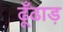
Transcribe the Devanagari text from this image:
ढूँढाड़